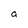
Character: a